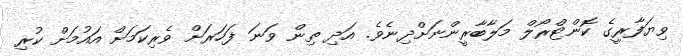
ވިޔަފާރީގެ ކޮންޓްރޯލް މަލާބާރީންނަށްދިނެވެ. އަދި ތިން ވަނަ ފަހަރަށް ވެރިކަމަށް އައުމަށް ކުރި